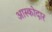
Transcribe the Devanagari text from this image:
आस्कोदार